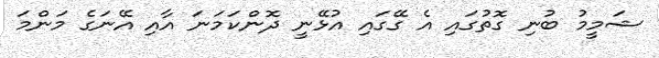
ޝަމީމު ބުނި ގޮތުގައި އެ ގޭގައި އުޅޭނީ ދޮންކަމަނަ އާއި އޭނަގެ މަންމަ